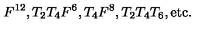
F ^ { 1 2 } , T _ { 2 } T _ { 4 } F ^ { 6 } , T _ { 4 } F ^ { 8 } , T _ { 2 } T _ { 4 } T _ { 6 } , \mathrm { e t c . }